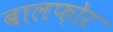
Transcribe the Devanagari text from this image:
बालफ़ोर